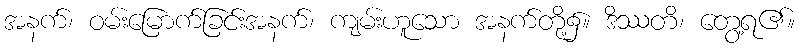
အနက်၊ ဝမ်းမြောက်ခြင်းအနက်၊ ကျမ်းဟူသော အနက်တို့၌။ ဒိဿတိ၊ တွေ့ရ၏။